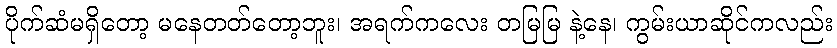
ပိုက်ဆံမရှိတော့ မနေတတ်တော့ဘူး၊ အရက်ကလေး တမြမြ နဲ့နေ၊ ကွမ်းယာဆိုင်ကလည်း